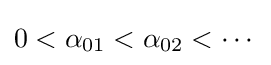
0<\alpha _{01}<\alpha _{02}<\cdots